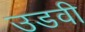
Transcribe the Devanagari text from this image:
उडवी